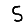
Digit: 5